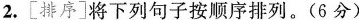
2.[排序]将下列句子按顺序排列。(6分）